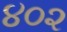
૪૦૨